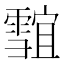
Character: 𱁣